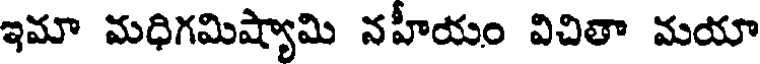
ఇమా మధిగమిష్యామి నహీయం విచితా మయా